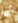
أما